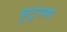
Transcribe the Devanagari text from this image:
फुटूरामा